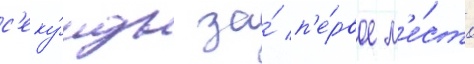
с'еку́нды за́ п'е́рвое м'е́сто